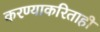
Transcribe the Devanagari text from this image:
करण्याकरिताही